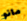
مانو